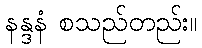
နန္ဒနံ စသည်တည်း။